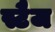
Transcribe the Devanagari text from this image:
स्टैज